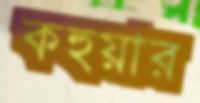
কহুয়ার